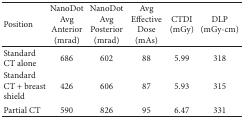
<table><thead><tr><td><b>Position</b></td><td><b>NanoDot Avg Anterior (mrad)</b></td><td><b>NanoDot Avg Posterior(mrad)</b></td><td><b>Avg Effective Dose(mAs)</b></td><td><b>CTDI(mGy)</b></td><td><b>DLP(mGy-cm)</b></td></tr></thead><tbody><tr><td>Standard CT alone</td><td>686</td><td>602</td><td>88</td><td>5.99</td><td>318</td></tr><tr><td>Standard CT + breast shield</td><td>426</td><td>606</td><td>87</td><td>5.93</td><td>315</td></tr><tr><td>Partial CT</td><td>590</td><td>826</td><td>95</td><td>6.47</td><td>331</td></tr></tbody></table>